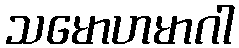
သမောဟမာဂါ